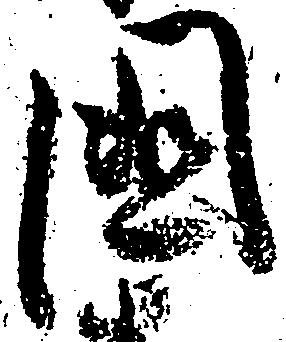
国